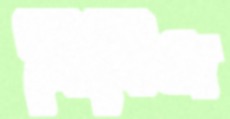
নিবিস